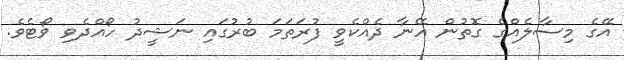
އޭގެ މިސާލެއްގެ ގޮތުން އޭނާ ދެއްކެވީ ފުރަތަމަ ބުރުގައި ނަޝީދު ހޯއްދެވި ވޯޓެވެ.